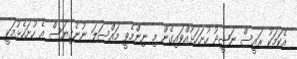
އެކަމަކު ރައީސް ނަޝީދު ހުށަހަޅުއްވައިގެން މި ނިންމެވީ މައްސަލަ ނުނެގިޔަސް އެ ހުށަހެޅުމަކީ